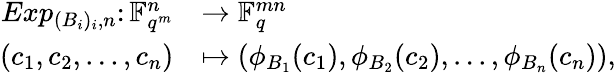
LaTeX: \begin{array}{rl}{Exp_{(B_{i})_{i},n}\colon\mathbb{F}_{q^{m}}^{n}}&{\rightarrow\mathbb{F}_{q}^{mn}}\\ {(c_{1},c_{2},...,c_{n})}&{\mapsto(\phi_{B_{1}}(c_{1}),\phi_{B_{2}}(c_{2}),...,\phi_{B_{n}}(c_{n})),}\end{array}